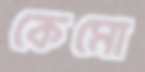
কেমো